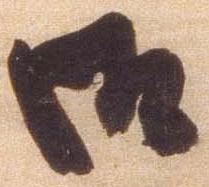
御